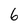
Character: 6